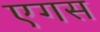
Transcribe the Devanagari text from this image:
एगस